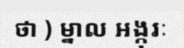
ថា ) ម្នាល អង្កុរៈ